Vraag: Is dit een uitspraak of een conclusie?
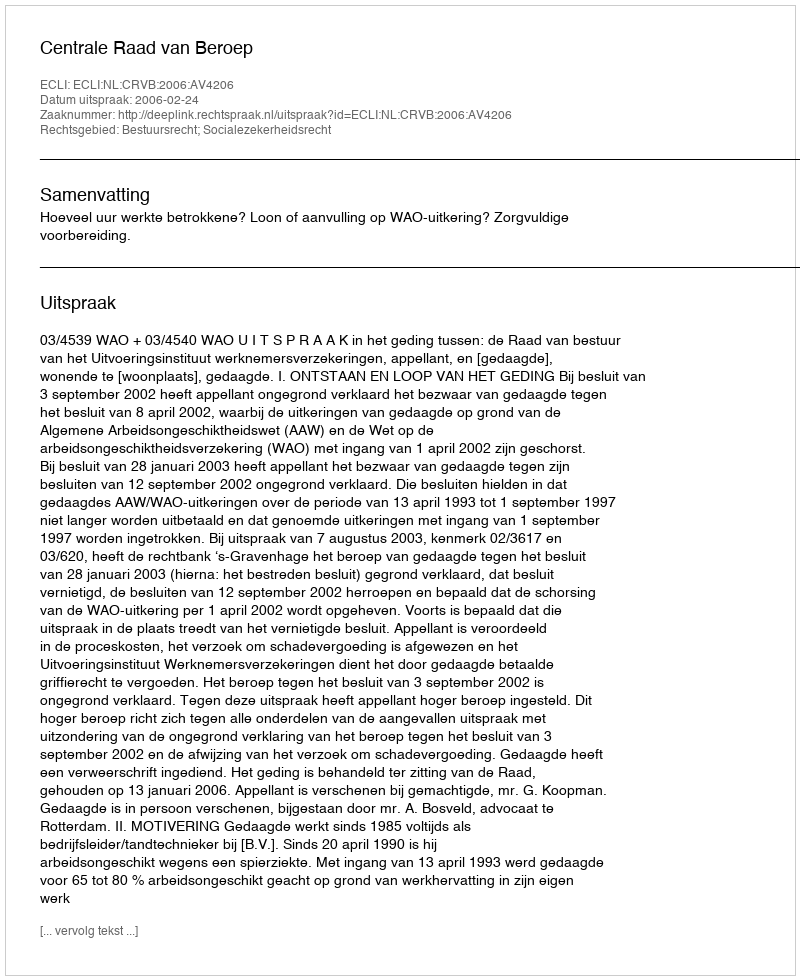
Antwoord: Uitspraak